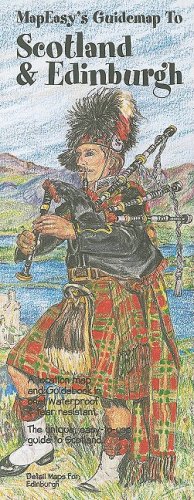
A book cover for MapEasy's Guidemap to Edinburgh & Scotland (Mapeasy's Guidemaps); MapEasy; Travel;